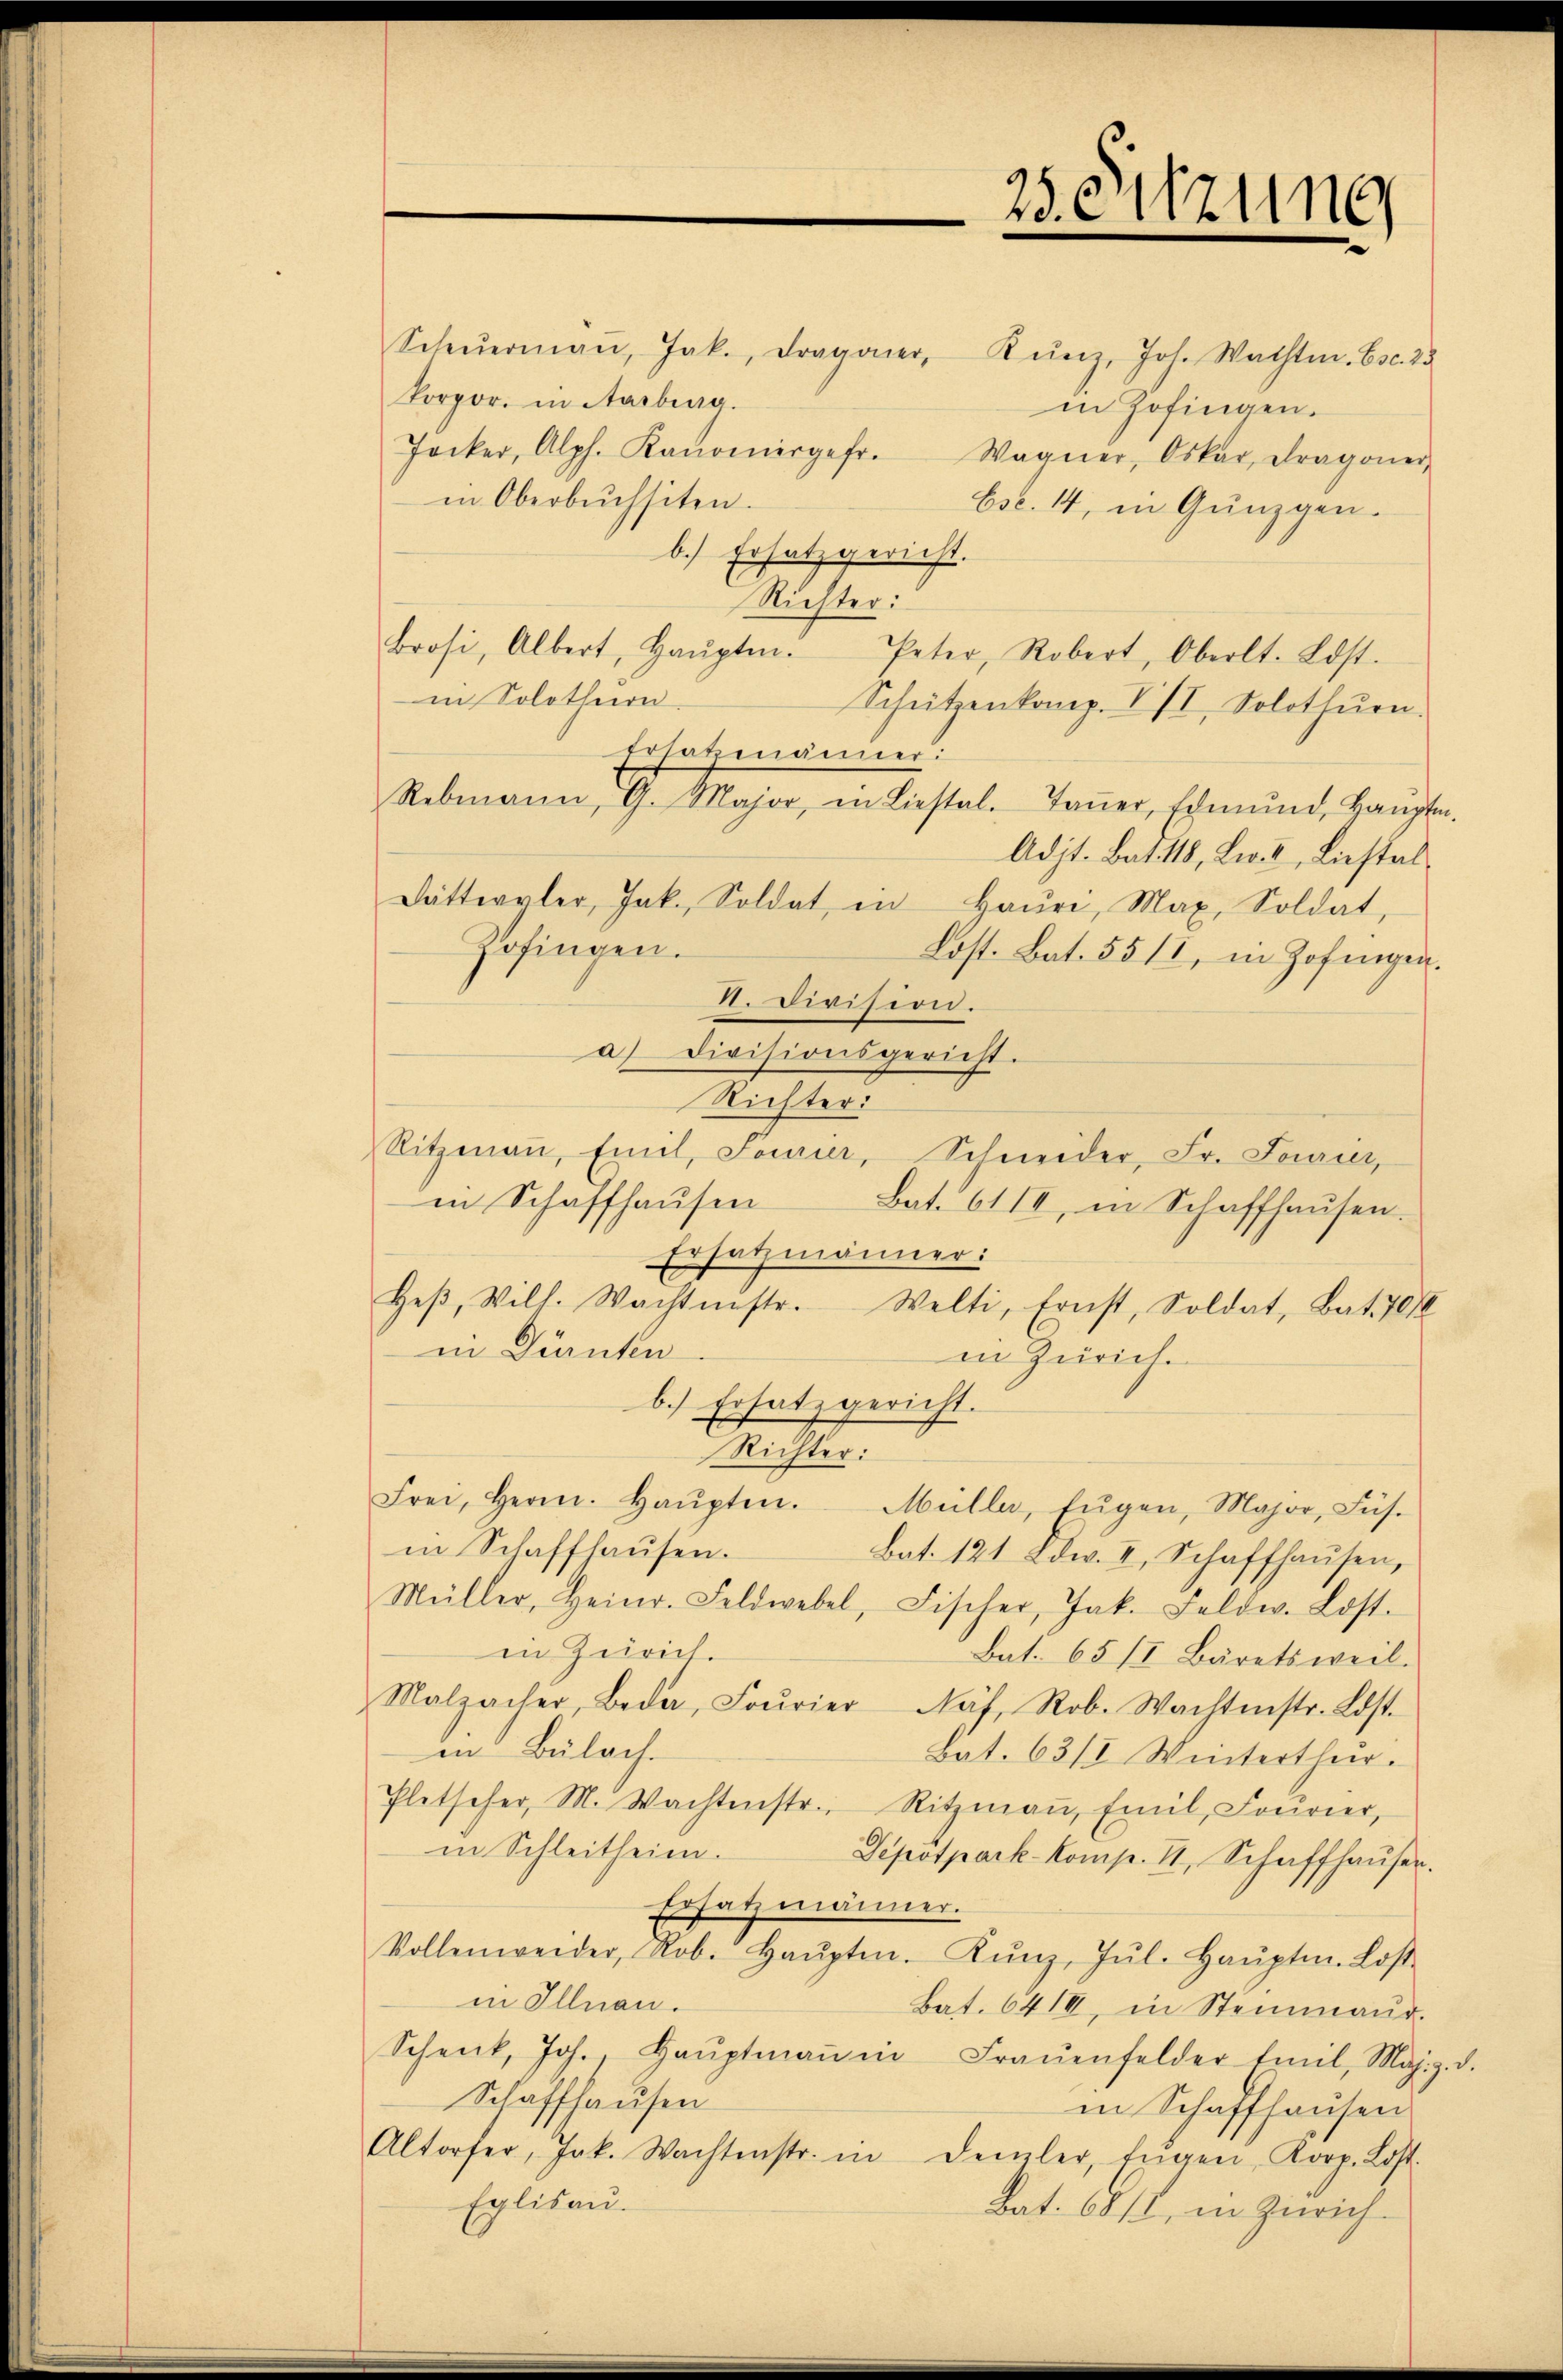
Scheŭermaṅ, Jak., Dragoner, Kunz, Joh. Wachte. Esc. 25
korpor. in Aarburg.
in Zofingen.
Jocker, Alph. Kaŭomirgefr. Wagner, Oskar Dragoner,
in Oberbŭchsiten.
Esc. 44, in Günzgen.
b.) Ersatz gericht.
Richter:
Brosi, Albert, Haŭptm.
Peter, Robert, Oberlt. Lost.
in Solothurn
Schützenkomp. VII, Solothurn.
Ersatzmänner:
Rebmann, G. Major, in Liestal. Taṅer, Edmund, Hauptm.
Adjt. Bat. 118, Lw. II, Liestal
Dätteraler, Jak. Soldat, in Haŭer, Max, Soldat,
Zofingen.
Lost. Bat. 551, in Zofingen.
I. Division.
a) Divisionsgericht.
Richten.
Ritzmaṅ, Emil Sourier, Schneider, Fr. Fourier,
in Schaffhausen
Bat. 6110, in Schaffhausen.
Ersatzmänner:
Heβ, Wilh. Wachtmstr. Welti, Ernst, Soldat, Bat. 70
in Dürnten
in Zürich.
b.) Ersatz gericht.
Machte.
Frei, Herrn. Haŭpten. Müller, Eŭgen, Major, Füs-
in Schaffhausen.
Bat. 121 Edw. I, Schaffhaŭsen,
Müller, Heinr. Feldwebel, Fischer, Jak. Feldw. Lost.
in Zürich.
Bat. 65/I Bäretsweil.
Malzacher, Beda, Fourier-Näf, Rob. Wachtenstr. Lost-
in Bülach.
Bat. 63/I Winterthur.
Pletscher, M. Wachtenstr. Ritzmaṅ, Emil Fourier,
in Schleitheim.
Depotpark. Komp. II, Schaffhaŭser.
Ersatzmänner.
Vollenweider, Rob. Haŭptm. Kŭnz, Jŭl. Haŭptm. Lost
in Illnau.
Bat. 641, in Steinmaur.
Schenk, Joh. Haŭptmaṅ in Fraŭenfelder Emil, Mag. z. d.
Schaffhausen
in Schaffhausen.
Altorfer, Jak. Wachtenstr. in Demler, Eŭgen Korp. Lost.
Eglisau.
Bat. 68/1, in Zürich.

25. Sitzung